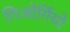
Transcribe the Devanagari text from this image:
गिओर्गियो